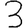
Digit: 3